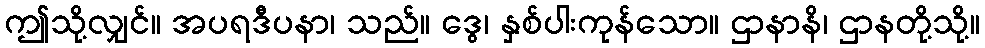
ဤသို့လျှင်။ အပရဒီပနာ၊ သည်။ ဒွေ၊ နှစ်ပါးကုန်သော။ ဌာနာနိ၊ ဌာနတို့သို့။